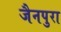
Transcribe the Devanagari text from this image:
जैनपुरा